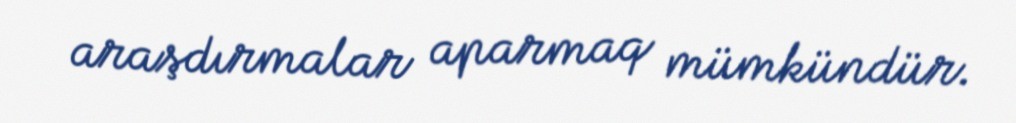
araşdırmalar aparmaq mümkündür.